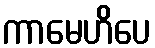
ကာမေဟိပေ